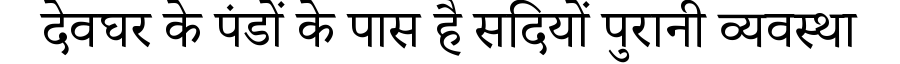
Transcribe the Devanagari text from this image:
देवघर के पंडों के पास है सदियों पुरानी व्यवस्था